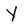
Character: y